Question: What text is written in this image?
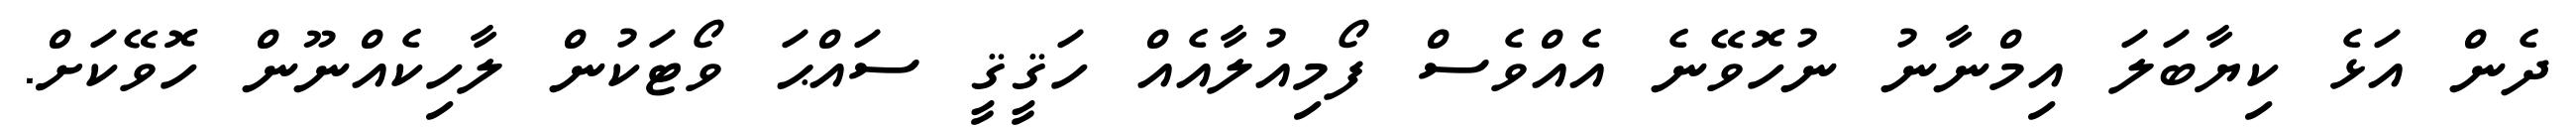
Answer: ދެން އަޅެ ކިޔާބަލަ އިމްނާނު ނުހޮވޭނެ އެއްވެސް ފޯމިއުލާއެއް ހަޤީޤީ ސައްޙަ ވޯޓަކުން ލާހިކެއްނޫން ހޮވޭކަށް.